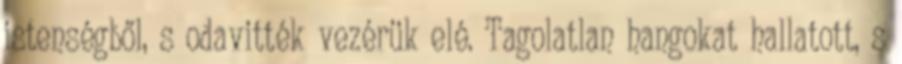
istenségből, s odavitték vezérük elé. Tagolatlan hangokat hallatott, s